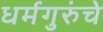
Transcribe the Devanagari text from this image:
धर्मगुरुंचे